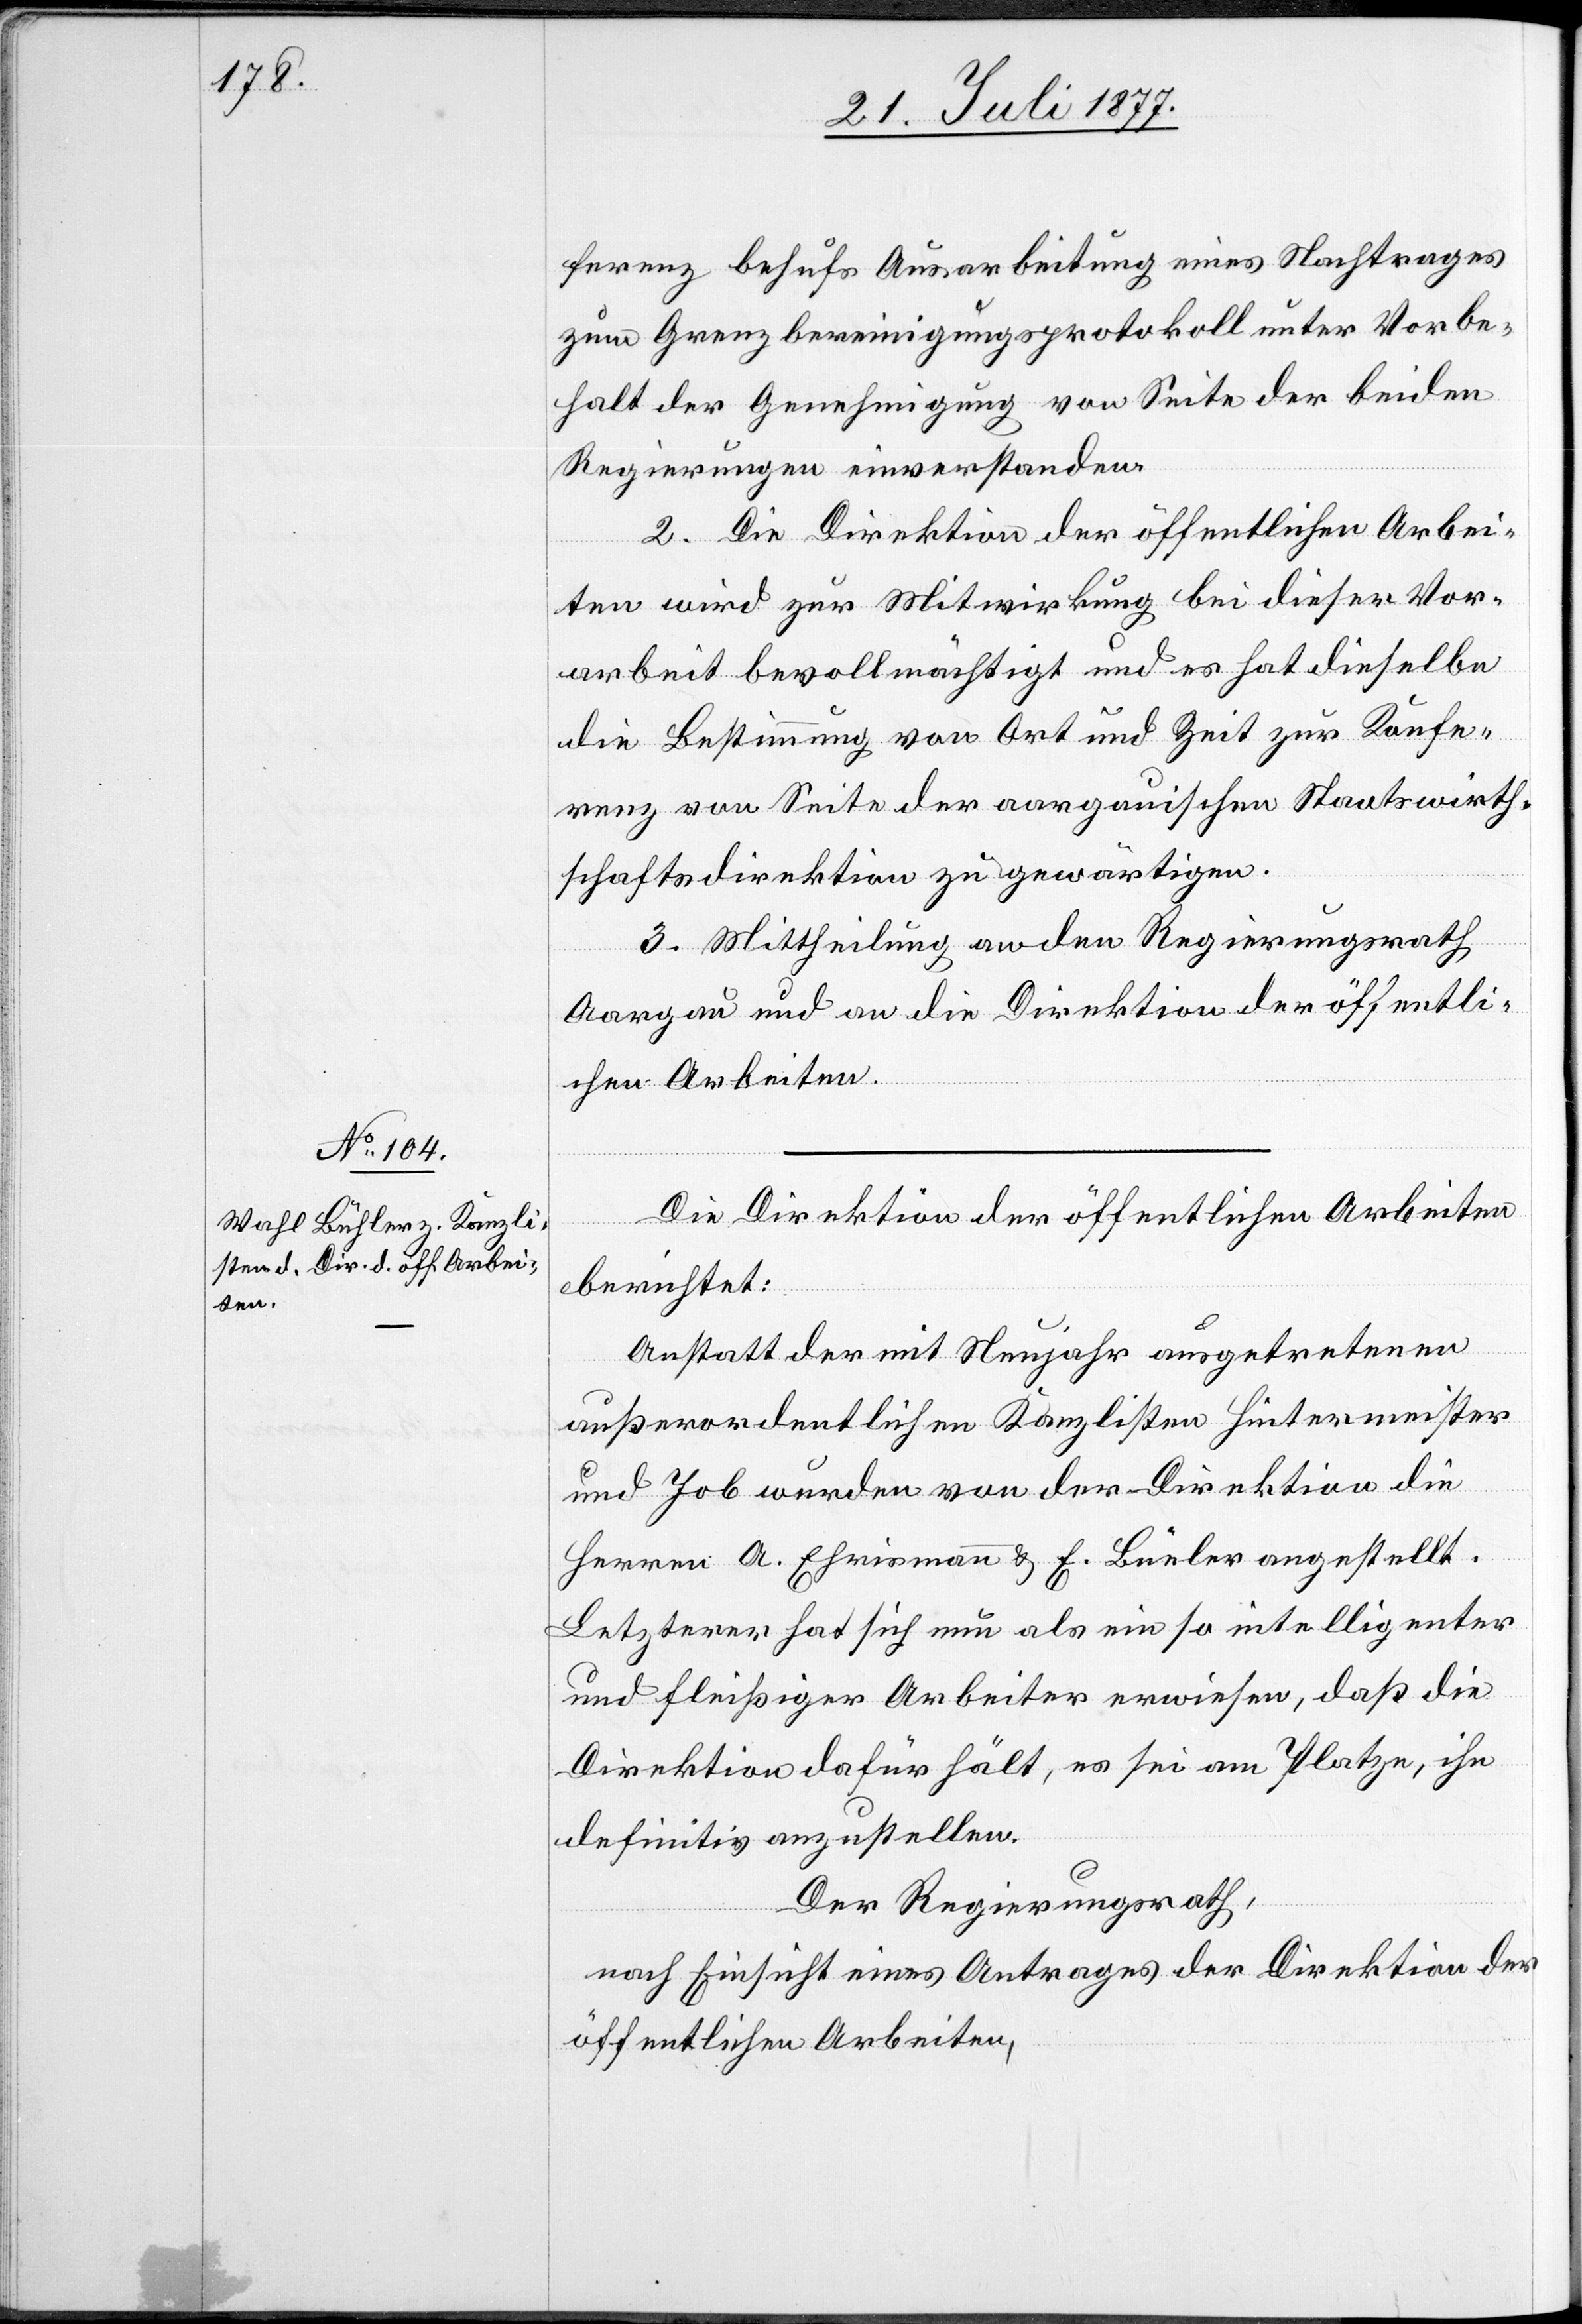
ferenz behufs Ausarbeitung eines Nachtrages
zum Grenzbereinigungsprotokoll unter Vorbe¬
halt der Genehmigung von Seite der beiden
Regierungen einverstanden.
2. Die Direktion der öffentlichen Arbei¬
ten wird zur Mitwirkung bei dieser Vor¬
arbeit bevollmächtigt und es hat dieselbe
die Bestimmung von Ort und Zeit zur Konfe¬
renz von Seite der aargauischen Staatswirth¬
schaftsdirektion zu gewärtigen.
3. Mittheilung an den Regierungsrath
Aargau und an die Direktion der öffentli¬
chen Arbeiten.
Die Direktion der öffentlichen Arbeiten
berichtet:
Anstatt der mit Neujahr ausgetretenen
außerordentlichen Kanzlisten Hintermeister
und Job wurden von der Direktion die
Herren A. Ehrismann & E. Büeler [sic!] angestellt.
Letzterer hat sich nun als ein so intelligenter
und fleißiger Arbeiter erwiesen, daß die
Direktion dafür hält, es sei am Platze, ihn
definitiv anzustellen.
Der Regierungsrath,
nach Einsicht eines Antrages der Direktion der
öffentlichen Arbeiten,